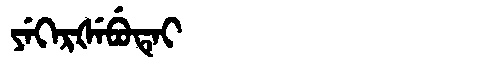
Manchu: ᠶᡝᡴᡝᡵᡧᡝᠪᡠᡨᡝᡳ
Romanization: YEKERŠEBUTEI